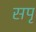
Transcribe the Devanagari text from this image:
सपृ